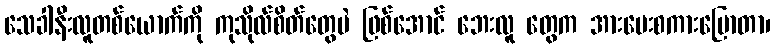
သေခါနီးလူတစ်ယောက်ကို ကုသိုလ်စိတ်တွေပဲ ဖြစ်အောင် ဘေးလူ တွေက အားပေးစကားပြောတာ၊